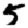
Digit: 5